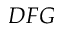
D F G